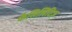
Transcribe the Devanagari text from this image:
फैसिलिटिज़